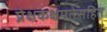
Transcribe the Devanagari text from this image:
प्रेक्षकक्षमतेसहित